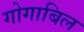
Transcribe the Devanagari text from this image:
गोगाबिल